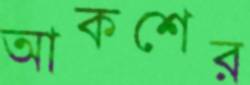
আকশের